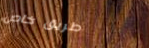
طريق خاص